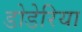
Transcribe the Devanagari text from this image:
डोडेरिया